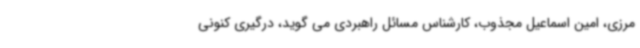
مرزی، امین اسماعیل مجذوب، کارشناس مسائل راهبردی می گوید، درگیری کنونی